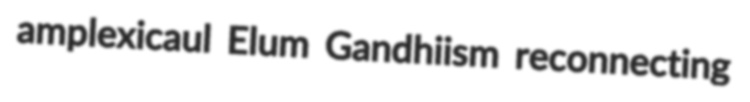
amplexicaul Elum Gandhiism reconnecting